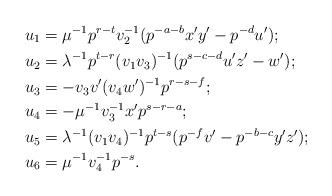
LaTeX: \begin{align*}u_1&=\mu^{-1}p^{r-t}v_2^{-1}(p^{-a-b}x'y'-p^{-d}u');\\u_2&=\lambda^{-1}p^{t-r}(v_1v_3)^{-1}(p^{s-c-d}u'z'-w');\\u_3&= -v_3v'(v_4w')^{-1}p^{r-s-f};\\ u_4&=-\mu^{-1}v_3^{-1}x'p^{s-r-a};\\u_5&=\lambda^{-1}(v_1v_4)^{-1}p^{t-s}(p^{-f}v'-p^{-b-c}y'z');\\u_6&= \mu^{-1} v_4^{-1} p^{-s}.\end{align*}